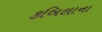
કબિલાના